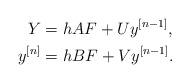
LaTeX: \begin{align*}Y &= hAF + Uy^{[n-1]},\\y^{[n]} &= hB F + Vy^{[n-1]}.\end{align*}